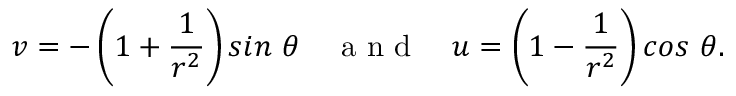
v = - \left( 1 + \frac { 1 } { r ^ { 2 } } \right) s i n \ \theta \ \ \ \mathrm { ~ a ~ n ~ d ~ } \ \ \ u = \left( 1 - \frac { 1 } { r ^ { 2 } } \right) c o s \ \theta .